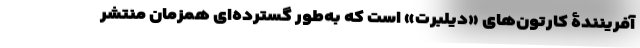
آفرینندۀ کارتون‌های «دیلبرت» است که به‌طور گسترده‌ای همزمان منتشر